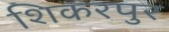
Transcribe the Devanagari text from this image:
शिकरपुर